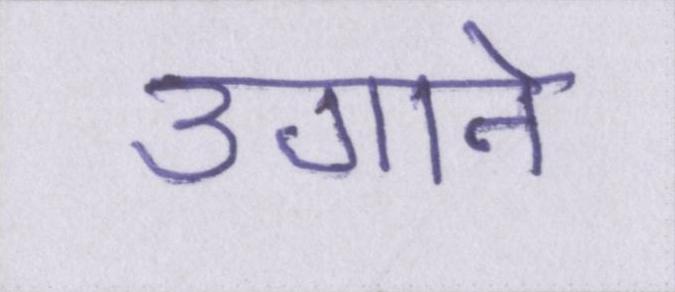
उगाने